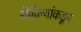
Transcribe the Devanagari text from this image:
रोहिल्यांकडून